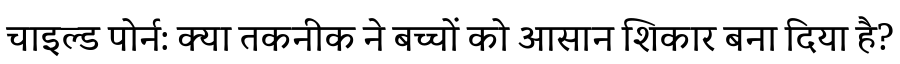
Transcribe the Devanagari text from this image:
चाइल्ड पोर्न: क्या तकनीक ने बच्चों को आसान शिकार बना दिया है?